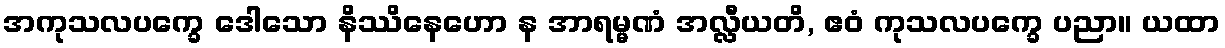
အကုသလပက္ခေ ဒေါသော နိဿိနေဟော န အာရမ္မဏံ အလ္လီယတိ, ဧဝံ ကုသလပက္ခေ ပညာ။ ယထာ